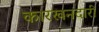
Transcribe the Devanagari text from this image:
कारखनदारी